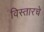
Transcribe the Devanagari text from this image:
विस्तारचे